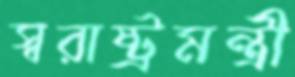
স্বরাষ্ট্রমন্ত্রী